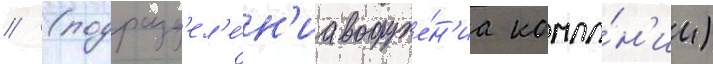
// (подразд'ел'е́н'иа вооруже́н'иа компа́н'ии)